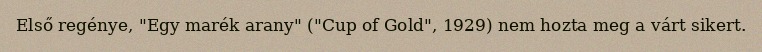
Első regénye, "Egy marék arany" ("Cup of Gold", 1929) nem hozta meg a várt sikert.